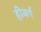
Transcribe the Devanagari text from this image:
हीबर्ग